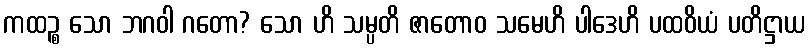
ကထဉ္စ သော ဘဂဝါ ဂတော? သော ဟိ သမ္ပတိ ဇာတောဝ သမေဟိ ပါဒေဟိ ပထဝိယံ ပတိဋ္ဌာယ